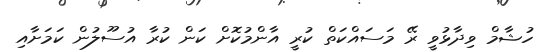
ހުޝާމް ވިދާޅުވީ ރޭ މަސައްކަތް ކުރީ އާންމުކޮށް ކަން ކުރާ އުސޫލުން ކަމަށާއި